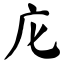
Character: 庀